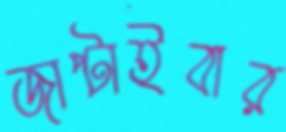
জাপ্‌টাইবার